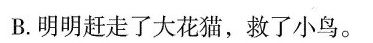
B.明明赶走了大花猫，救了小鸟。